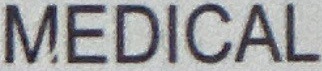
MEDICAL